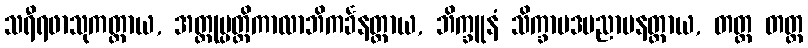
သရီရဖာသုကတ္ထာယ, အတ္ထုပ္ပတ္တိကာလာဘိကင်္ခနတ္ထာယ, ဘိက္ခူနံ သိက္ခာပဒပညာပနတ္ထာယ, တတ္ထ တတ္ထ